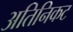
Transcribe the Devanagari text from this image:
अतिनिकट